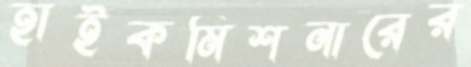
হাইকমিশনারের